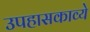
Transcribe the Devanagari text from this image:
उपहासकाव्ये